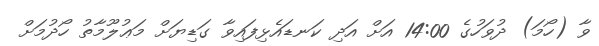
ވާ (ހޯމަ) ދުވަހުގެ 14:00 އަށް އަދި ކަނޑައެޅިފައިވާ ގަޑިޔަށް މަޢުލޫމާތު ހޯދުމަށް